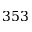
3 5 3